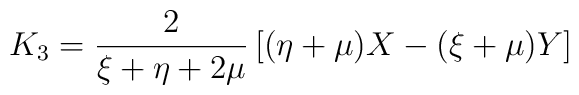
K_{3}=\frac{2}{\xi+\eta+2\mu}\left[(\eta+\mu)X-(\xi+\mu)Y\right]